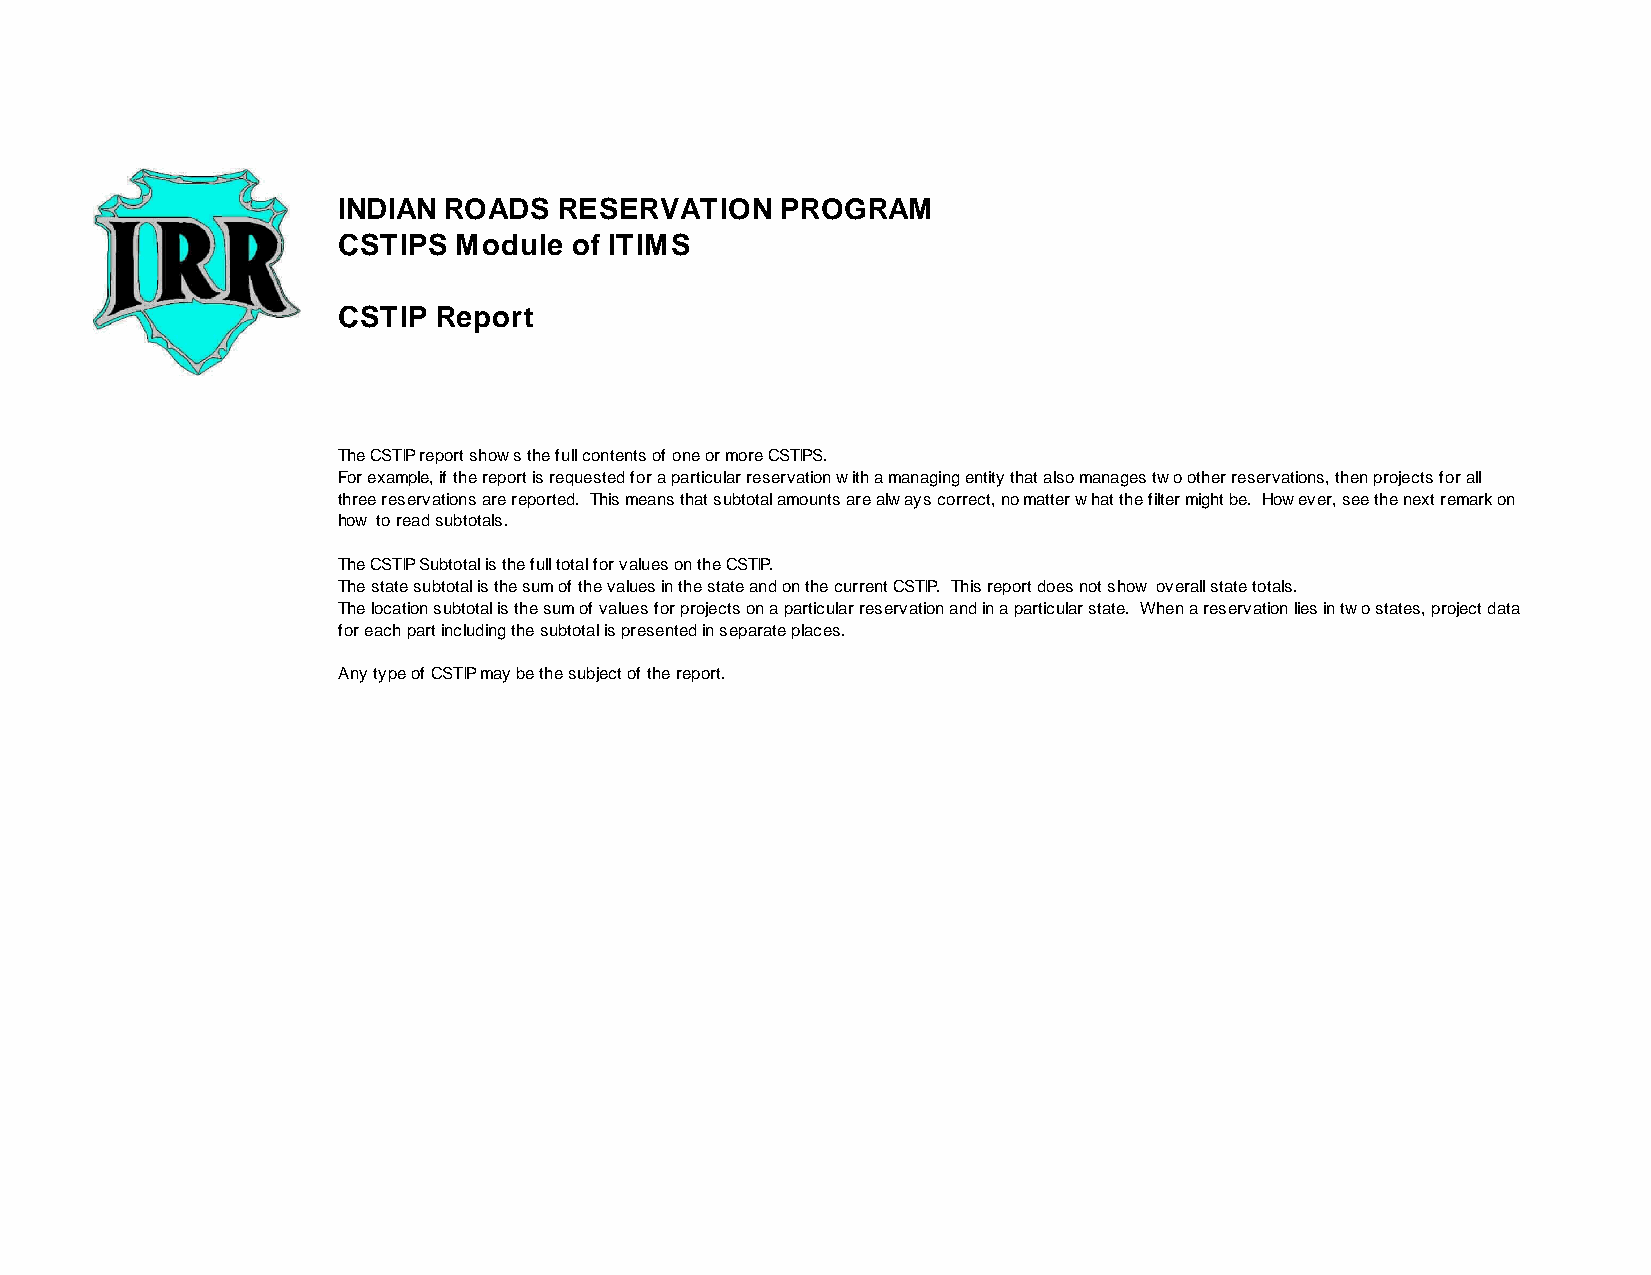
INDIAN  ROADS  RESERVATION    PROGRAM
 CSTIPS  Module of ITIMS
 CSTIP  Report
 The CSTIP report shows the full contents of one or more CSTIPS.
 For example, if the report is requested for a particular reservation with a managing entity that also manages two other reservations, then projects for all
 three reservations are reported. This means that subtotal amounts are always correct, no matter what the filter might be. However, see the next remark on
 how to read subtotals.
 The CSTIP Subtotal is the full total for values on the CSTIP.
 The state subtotal is the sum of the values in the state and on the current CSTIP. This report does not show overall state totals.
 The location subtotal is the sum of values for projects on a particular reservation and in a particular state. When a reservation lies in two states, project data
 for each part including the subtotal is presented in separate places.
 Any type of CSTIP may be the subject of the report.